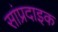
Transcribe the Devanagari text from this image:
सांप्रदाइक